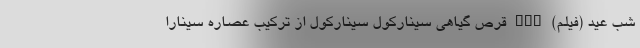
شب عید (فیلم) nan قرص گیاهی سینارکول سینارکول از ترکیب عصاره سینارا